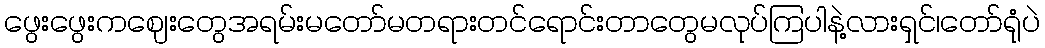
ဖွေးဖွေးကဈေးတွေအရမ်းမတော်မတရားတင်ရောင်းတာတွေမလုပ်ကြပါနဲ့လားရှင်၊တော်ရုံပဲ